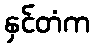
နှင်တံက